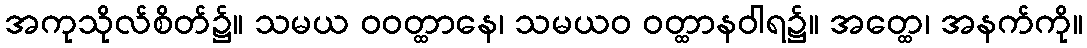
အကုသိုလ်စိတ်၌။ သမယ ဝဝတ္ထာနေ၊ သမယဝ ဝတ္ထာနဝါရ၌။ အတ္ထေ၊ အနက်ကို။